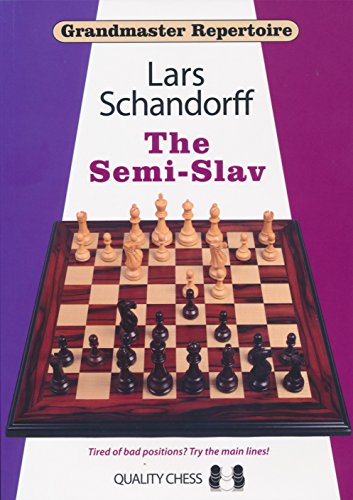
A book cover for The Semi-Slav: Grandmaster Repertoire 20; Lars Schandorff; Humor & Entertainment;